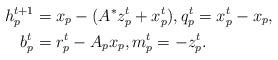
LaTeX: \begin{align*}h_p^{t+1} &= x_p - (A^* z_p^t + x_p^t), q_p^t = x_p^t - x_p,\\b_p^t &= r_p^t - A_p x_p,m_p^t = -z_p^t.\end{align*}